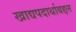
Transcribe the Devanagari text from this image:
खाद्यपदार्थाबद्दल